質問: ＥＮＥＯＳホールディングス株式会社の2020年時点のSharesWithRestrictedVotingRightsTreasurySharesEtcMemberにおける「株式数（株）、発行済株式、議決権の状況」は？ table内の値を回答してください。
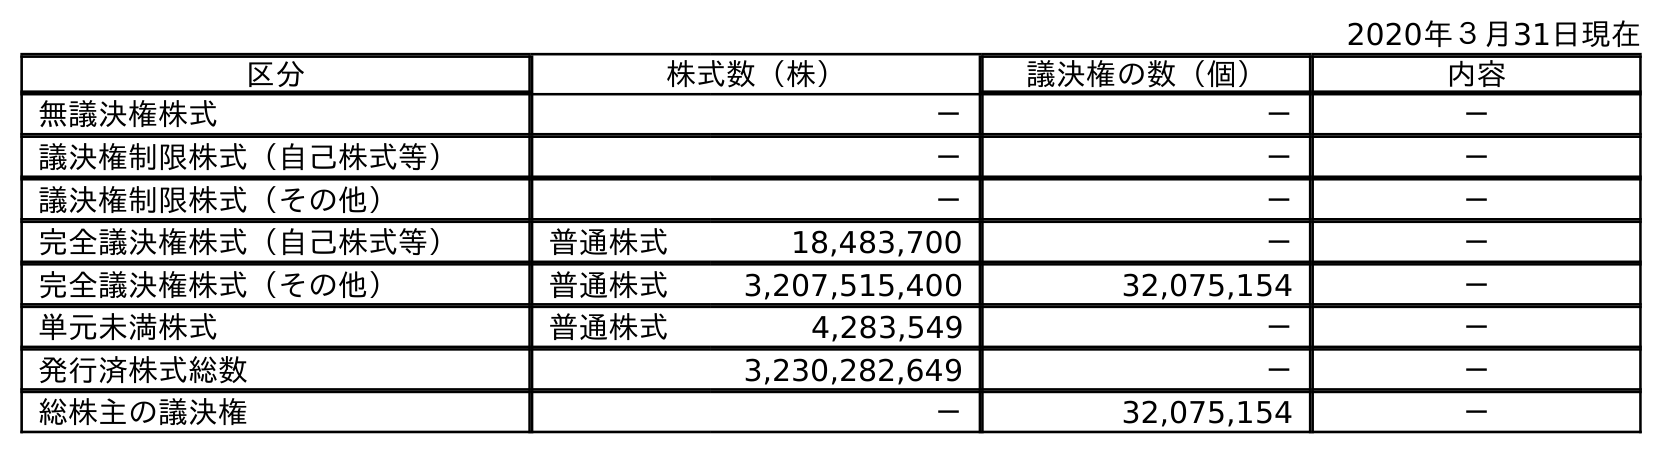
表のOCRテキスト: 2020年３月31日現在 区分 株式数（株） 議決権の数（個） 内容 無議決権株式 － － － 議決権制限株式（自己株式等） － － － 議決権制限株式（その他） － － － 完全議決権株式（自己株式等） 普通株式 18,483,700 － － 完全議決権株式（その他） 普通株式 3,207,515,400 32,075,154 － 単元未満株式 普通株式 4,283,549 － － 発行済株式総数 3,230,282,649 － － 総株主の議決権 － 32,075,154 －
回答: －